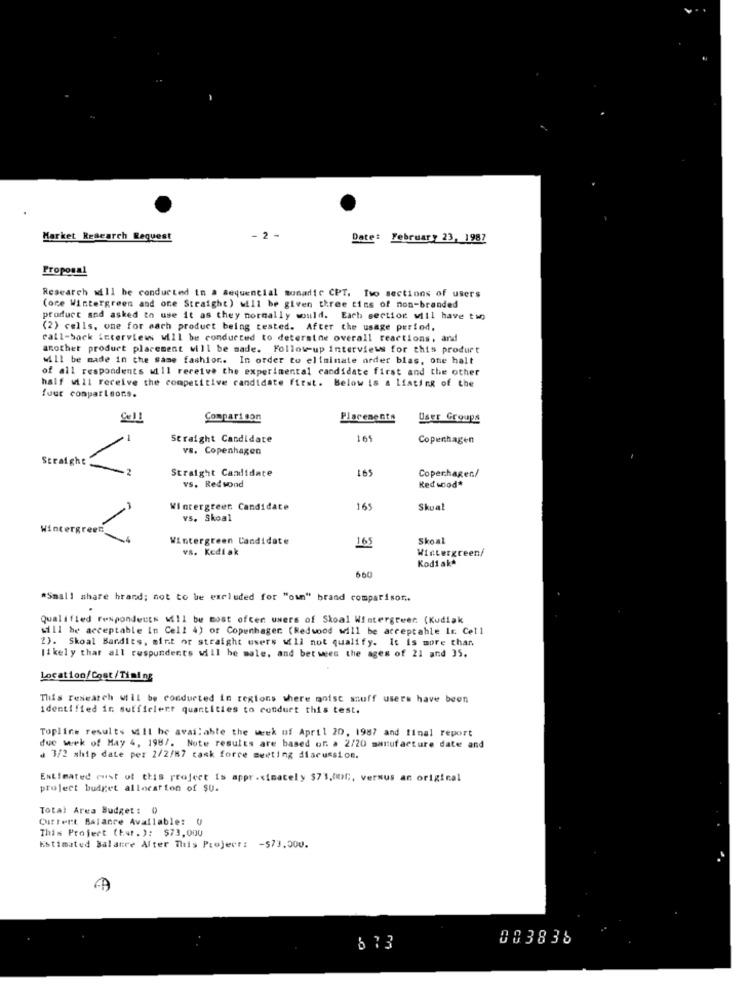
Market Research Request
Date: February 23, 1987
Proposal
Research will be conducted in a sequencial monadic CPT. Two sections of users
(one Wintergreen and one Straight) will be given three tins of non-branded
product and asked to use it as they normally would. Each section will have two
(2) cells, one for each product being tested. After the usage period,
call-back interview will be conducted to determine overall reactions, ard
another product placement will be made. Follow-up interviews for this product
will be made in the same fashion. In order to eliminate order bias, one halt
of all respondents will receive the experimental candidate first and the other
half will receive the competitive candidate first. Below is a listing of the
four comparisons.
Comparison
Placements
User Groups
-
Straight Candidate
165
Copenhagen
vs. Copenhagen
Straight
Straight Candidate
165
vs. Redwood
Coperhager./
Red wood*
Wintergreen Candidate
165
Skoat
/
vs. Skoal
Wintergreen:
Wintergreen Candidate
Skoal
vs. Kediak
165
Wintergreen/
Kodiak*
660
"Small share hrand; not to be excluded for "own" brand comparisor ..
Qualified respondents will be most often uwers of Skoal Wintergreen (Kudiak
will be acceptable In Cell 4) or Copenhagen (Redwood will be acceptable Ir Cell
2). Skoal Bandits, mint or straight users will not qualify. It is more than
likely that all respondents will be male, and between the ages of 21 and 35.
Location/ Cost/Timing
Tliis research will be conducted in regions where moist snuff users have been
identified in sufficient quantities to conduct this test.
Topline results will be available the week of April 20, 1987 and final report
due wek of May 4, 198/. Note results are based of. a 2/20 manufacture date and
. 3/2 ship date per 2/2/87 task force meeting discussion.
Estimated rust of this project is approximately $7'1,00C ;, versus an original
project budget allocation of SU.
Total Area Budget : 0
Dittert Balance Available:(
This Project (hat. ): $73,000
Estimated Balance Alter This Project: - $73.000.
003838